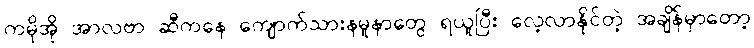
ကမိုအို အာလဗာ ဆီကနေ ကျောက်သားနမူနာတွေ ရယူပြီး လေ့လာနိုင်တဲ့ အချိန်မှာတော့